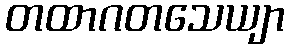
တထာဂတသေယျာ